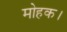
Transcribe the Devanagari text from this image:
मोहक।